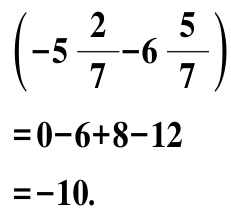
\[\left(-5\frac{2}{7}-6\frac{5}{7}\right)=0 - 6 + 8 - 12=-10.\]